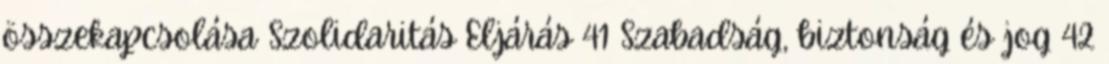
összekapcsolása Szolidaritás Eljárás 41 Szabadság, biztonság és jog 42